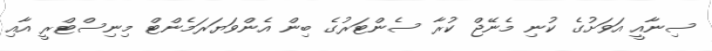
ސިނާއީ އަވަށުގެ ކުނި މެނޭޖް ކުރާ ސެންޓަރުގެ ބިން އެންވަޔަރަމެންޓް މިނިސްޓްރީ އާއި